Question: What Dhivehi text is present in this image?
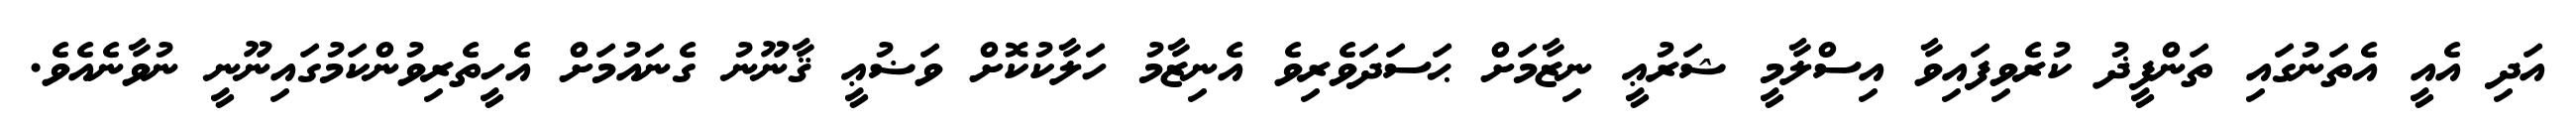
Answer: އަދި އެއީ އެތަނުގައި ތަންފީޛު ކުރެވިފައިވާ އިސްލާމީ ޝަރުޢީ ނިޒާމަށް ޙަސަދަވެރިވެ އެނިޒާމު ހަލާކުކޮށް ވަޟުޢީ ޤާނޫނު ގެނައުމަށް އެހީތެރިވުންކަމުގައިނޫނީ ނުވާނެއެވެ.